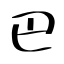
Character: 巴